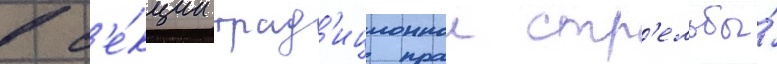
в с'е́кции трад'иционнои стр'ельбы́